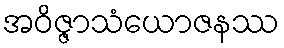
အဝိဇ္ဇာသံယောဇနဿ